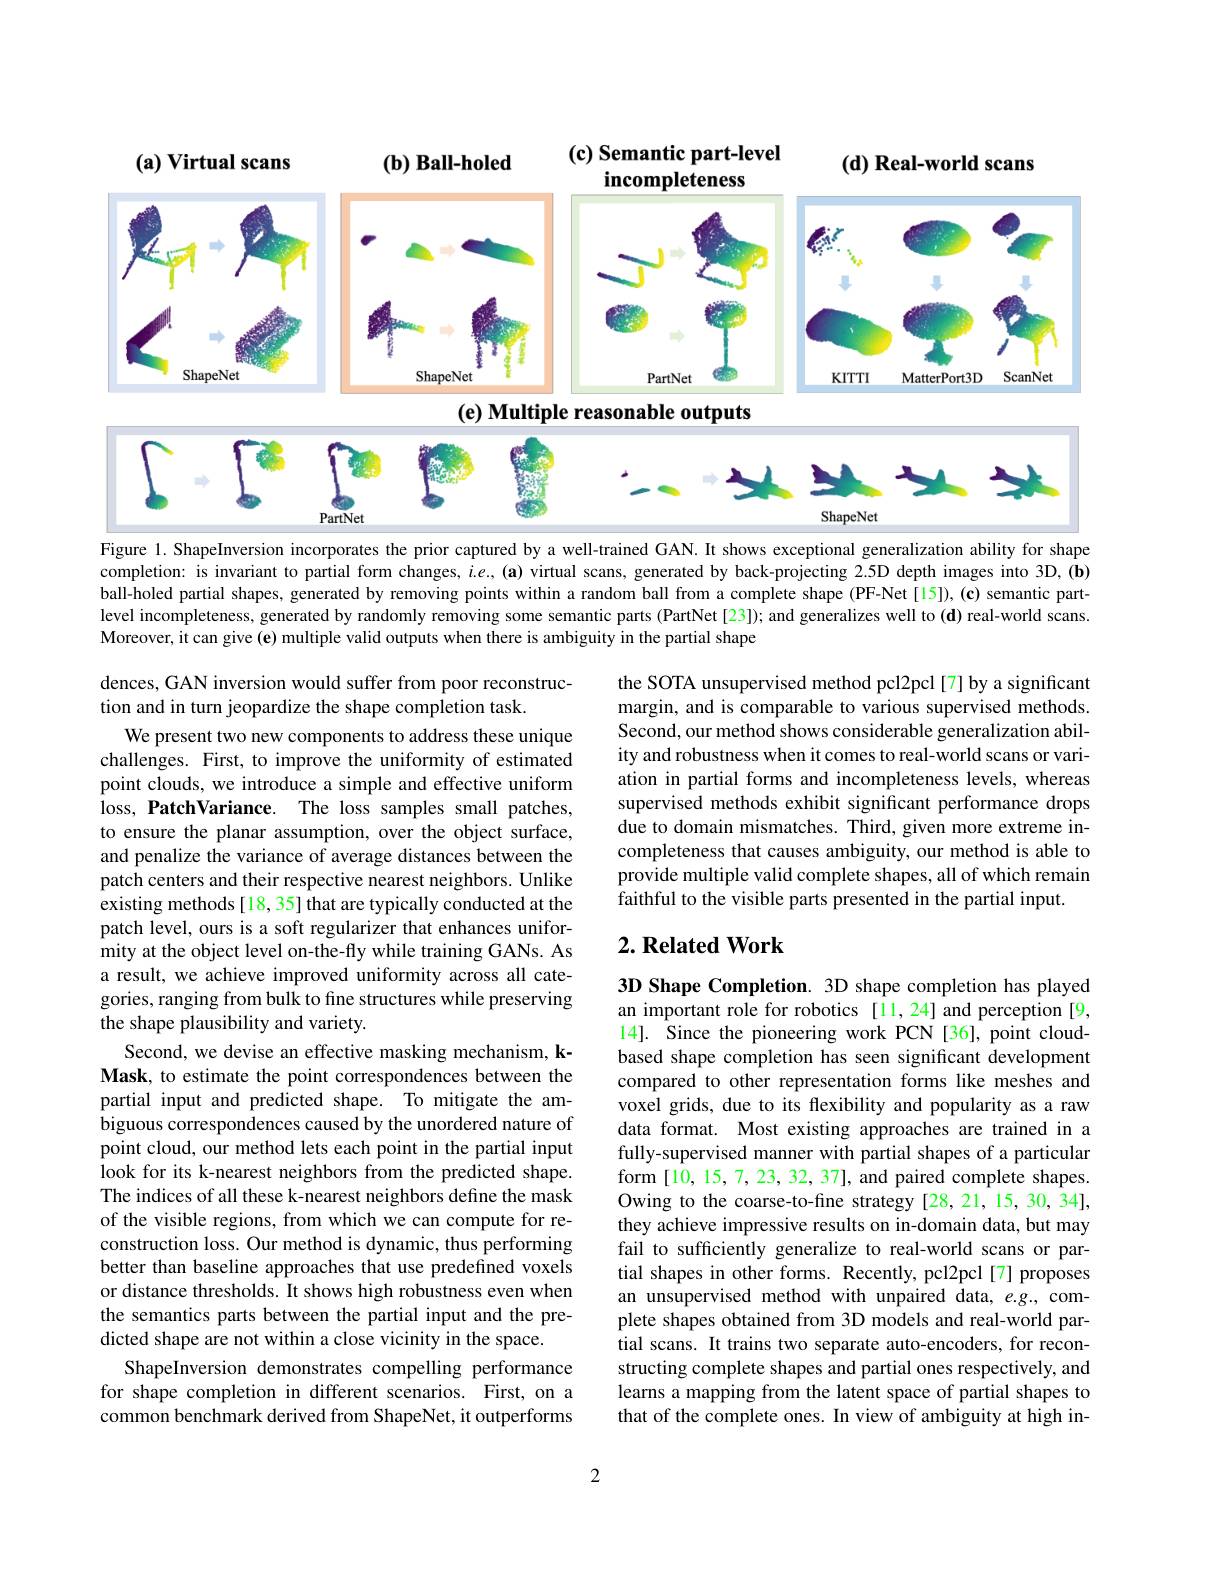
(c) Semantic part-level

$(a)$ Virtual scans

$( d) \textbf{Real- world scans}$

$(b)$ Ball-holed

incompleteness
<FigureHere>

Figure 1. ShapeInversion incorporates the prior captured by a well-trained GAN. It shows exceptional generalization ability for shape completion: is invariant to partial form changes, $i.e.,(\mathbf{a})$ virtual scans, generated by back-projecting 2.5D depth images into 3D,(b) ball-holed partial shapes, generated by removing points within a random ball from a complete shape (PF-Net[15]), (c) semantic partlevel incompleteness, generated by randomly removing some semantic parts (PartNet[23]); and generalizes well to (d) real-world scans. Moreover, it can give (e) multiple valid outputs when there is ambiguity in the partial shape

dences, GAN inversion would suffer from poor reconstruc-
tion and in turn jeopardize the shape completion task.

the SOTA unsupervised method pcl2pcl[7] by a significant margin, and is comparable to various supervised methods. Second, our method shows considerable generalization ability and robustness when it comes to real-world scans or variation in partial forms and incompleteness levels, whereas supervised methods exhibit significant performance drops due to domain mismatches. Third, given more extreme incompleteness that causes ambiguity, our method is able to provide multiple valid complete shapes, all of which remain faithful to the visible parts presented in the partial input.

## $2. \textbf{ Related Work}$

We present two new components to address these unique challenges. First, to improve the uniformity of estimated point clouds, we introduce a simple and effective uniform loss, PatchVariance. The loss samples small patches, to ensure the planar assumption, over the object surface, and penalize the variance of average distances between the patch centers and their respective nearest neighbors. Unlike existing methods [18, 35] that are typically conducted at the patch level, ours is a soft regularizer that enhances uniformity at the object level on-the-fly while training GANs. As a result, we achieve improved uniformity across all categories, ranging from bulk to fine structures while preserving the shape plausibility and variety.
Second, we devise an effective masking mechanism, kMask, to estimate the point correspondences between the partial input and predicted shape. To mitigate the ambiguous correspondences caused by the unordered nature of point cloud, our method lets each point in the partial input look for its k-nearest neighbors from the predicted shape. The indices of all these k-nearest neighbors define the mask of the visible regions, from which we can compute for reconstruction loss. Our method is dynamic, thus performing better than baseline approaches that use predefined voxels or distance thresholds. It shows high robustness even when the semantics parts between the partial input and the predicted shape are not within a close vicinity in the space.
ShapeInversion demonstrates compelling performance for shape completion in different scenarios. First, on a common benchmark derived from ShapeNet, it outperforms

3D Shape Completion. 3D shape completion has played an important role for robotics [11,24] and perception [9, 14]. Since the pioneering work PCN [36], point cloudbased shape completion has seen significant development compared to other representation forms like meshes and voxel grids, due to its flexibility and popularity as a raw data format. Most existing approaches are trained in a fully-supervised manner with partial shapes of a particular form [10,15,7,23,32,37],and paired complete shapes. Owing to the coarse-to-fine strategy[28,21,15,30,34], they achieve impressive results on in-domain data, but may fail to sufficiently generalize to real-world scans or partial shapes in other forms. Recently, pcl2pcl[7] proposes an unsupervised method with unpaired data, e.g., complete shapes obtained from 3D models and real-world partial scans. It trains two separate auto-encoders, for reconstructing complete shapes and partial ones respectively, and learns a mapping from the latent space of partial shapes to that of the complete ones. In view of ambiguity at high in-

2